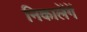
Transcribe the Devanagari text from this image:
निकालेंगें